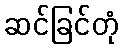
ဆင်ခြင်တုံ